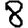
Digit: 8